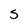
Character: S